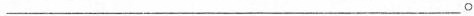
___。